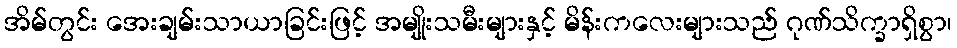
အိမ်တွင်း အေးချမ်းသာယာခြင်းဖြင့် အမျိုးသမီးများနှင့် မိန်းကလေးများသည် ဂုဏ်သိက္ခာရှိစွာ၊